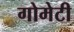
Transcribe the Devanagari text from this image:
गोमेटी